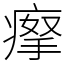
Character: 𤸻